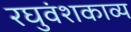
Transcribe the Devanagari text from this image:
रघुवंशकाव्य